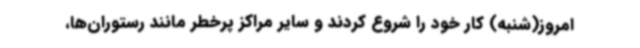
امروز(شنبه) کار خود را شروع کردند و سایر مراکز پرخطر مانند رستوران‌ها،